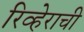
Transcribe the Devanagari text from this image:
रिव्हेराची